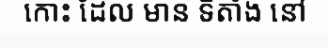
កោះ ដែល មាន ទីតាំង នៅ